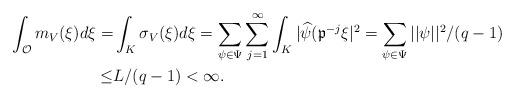
LaTeX: \begin{align*}\int_{\mathcal O}m_{V}(\xi)d\xi=&\int_{K}\sigma_{V}(\xi)d\xi=\sum_{\psi\in \Psi}\sum_{j=1}^{\infty} \int_{K}|\widehat{\psi}(\mathfrak{p}^{-j}\xi|^2 =\sum_{\psi\in \Psi}||\psi||^2 /(q-1)\\\leq& L/(q-1)<\infty.\end{align*}